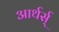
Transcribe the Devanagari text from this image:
आर्थर्स्